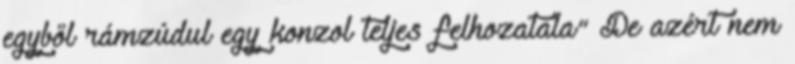
egyből rámzúdul egy konzol teljes felhozatala" De azért nem